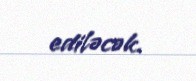
ediləcək.